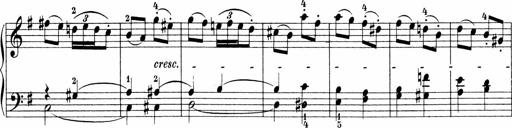
Title: Sonatinen Op.47, 98 und 136, nebst 6 Liedersonatinen
Composer: Carl Reinecke